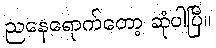
ညနေရောက်တော့ ဆုံပါပြီ။